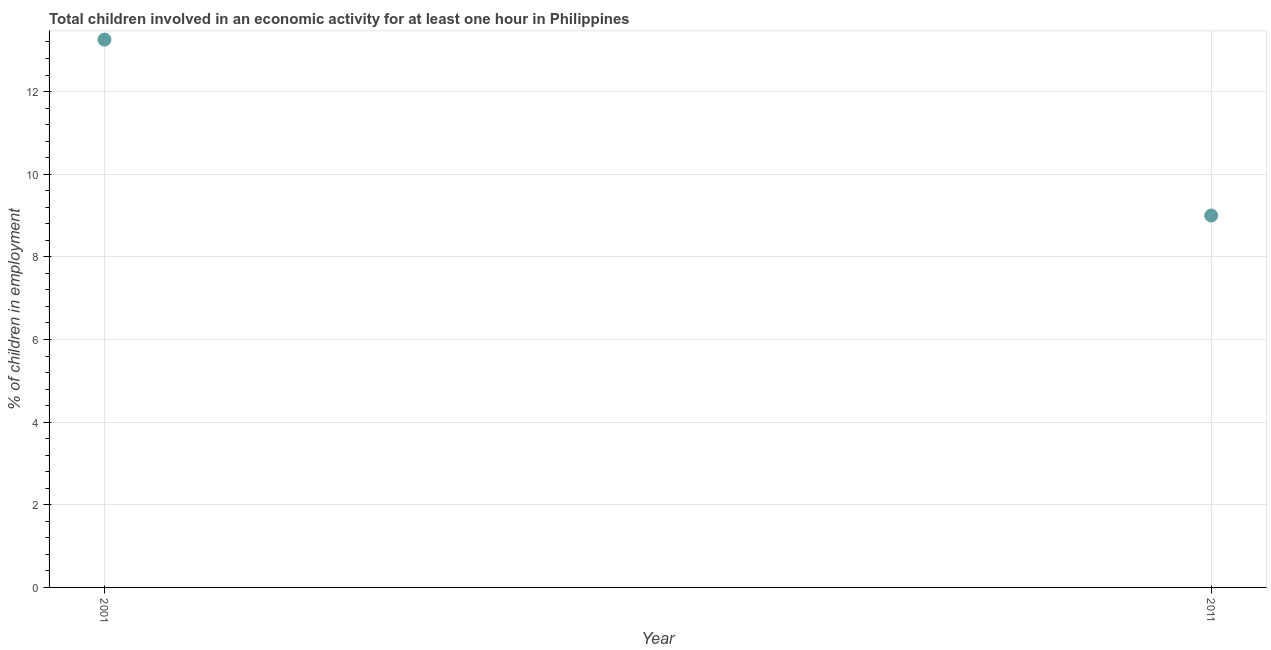
| Year | Children in employment |
 | --- | --- |
 | 2001 | 13.3 |
 | 2011 | 9 |